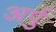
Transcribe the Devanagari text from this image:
अर्पु